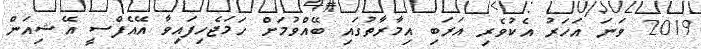
2019 ވަނަ އަހަރު އެކުވެރި އަރަބި އިމާރާތުގައި ބޭއްވުމަށް ހަމަޖެހިފައިވާ އޭއެފްސީ އޭޝިއަން